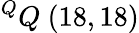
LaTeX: ^{Q}Q\ (18,18)